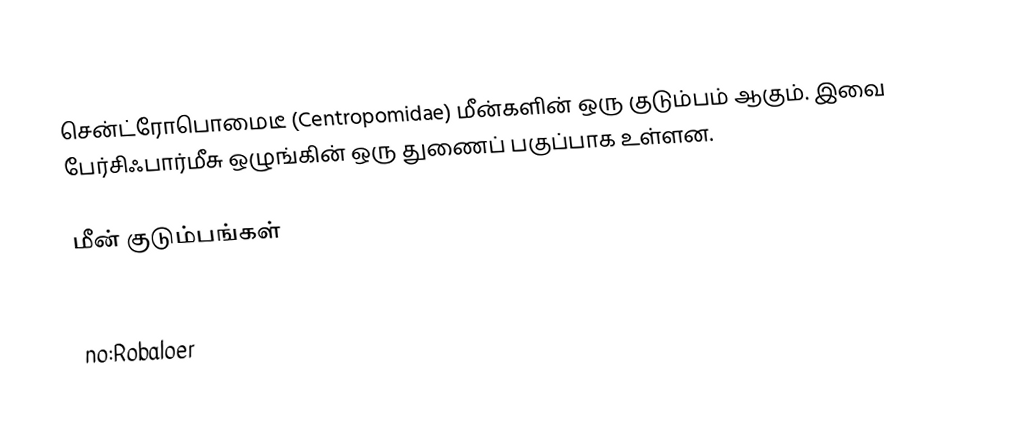
சென்ட்ரோபொமைடீ (Centropomidae) மீன்களின் ஒரு குடும்பம் ஆகும். இவை பேர்சிஃபார்மீசு ஒழுங்கின் ஒரு துணைப் பகுப்பாக உள்ளன.

மீன் குடும்பங்கள்

fr:Centropomidae
no:Robaloer